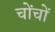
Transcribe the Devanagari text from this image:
चोंचों